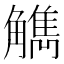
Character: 觹